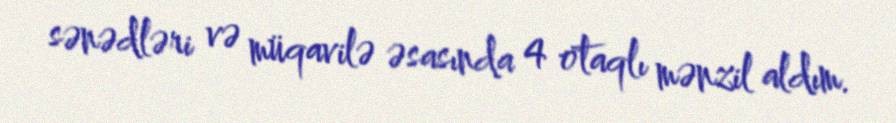
sənədləri və müqavilə əsasında 4 otaqlı mənzil aldım.